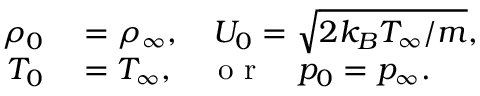
\begin{array} { r l } { \rho _ { 0 } } & { { } = \rho _ { \infty } , \quad U _ { 0 } = \sqrt { 2 k _ { B } T _ { \infty } / m } , } \\ { T _ { 0 } } & { { } = T _ { \infty } , \quad \mathrm { ~ o ~ r ~ } \quad p _ { 0 } = p _ { \infty } . } \end{array}